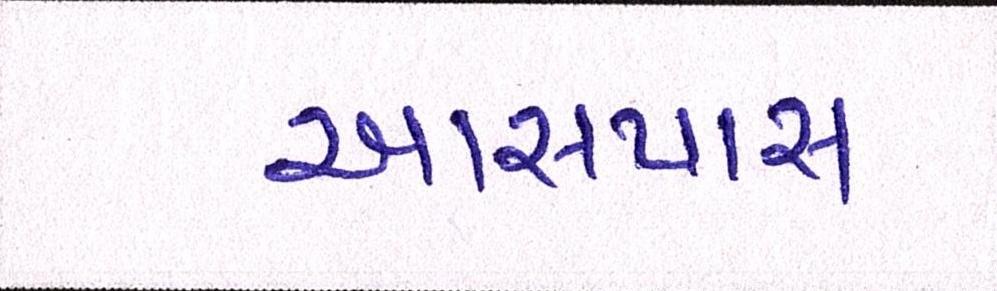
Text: આસપાસ